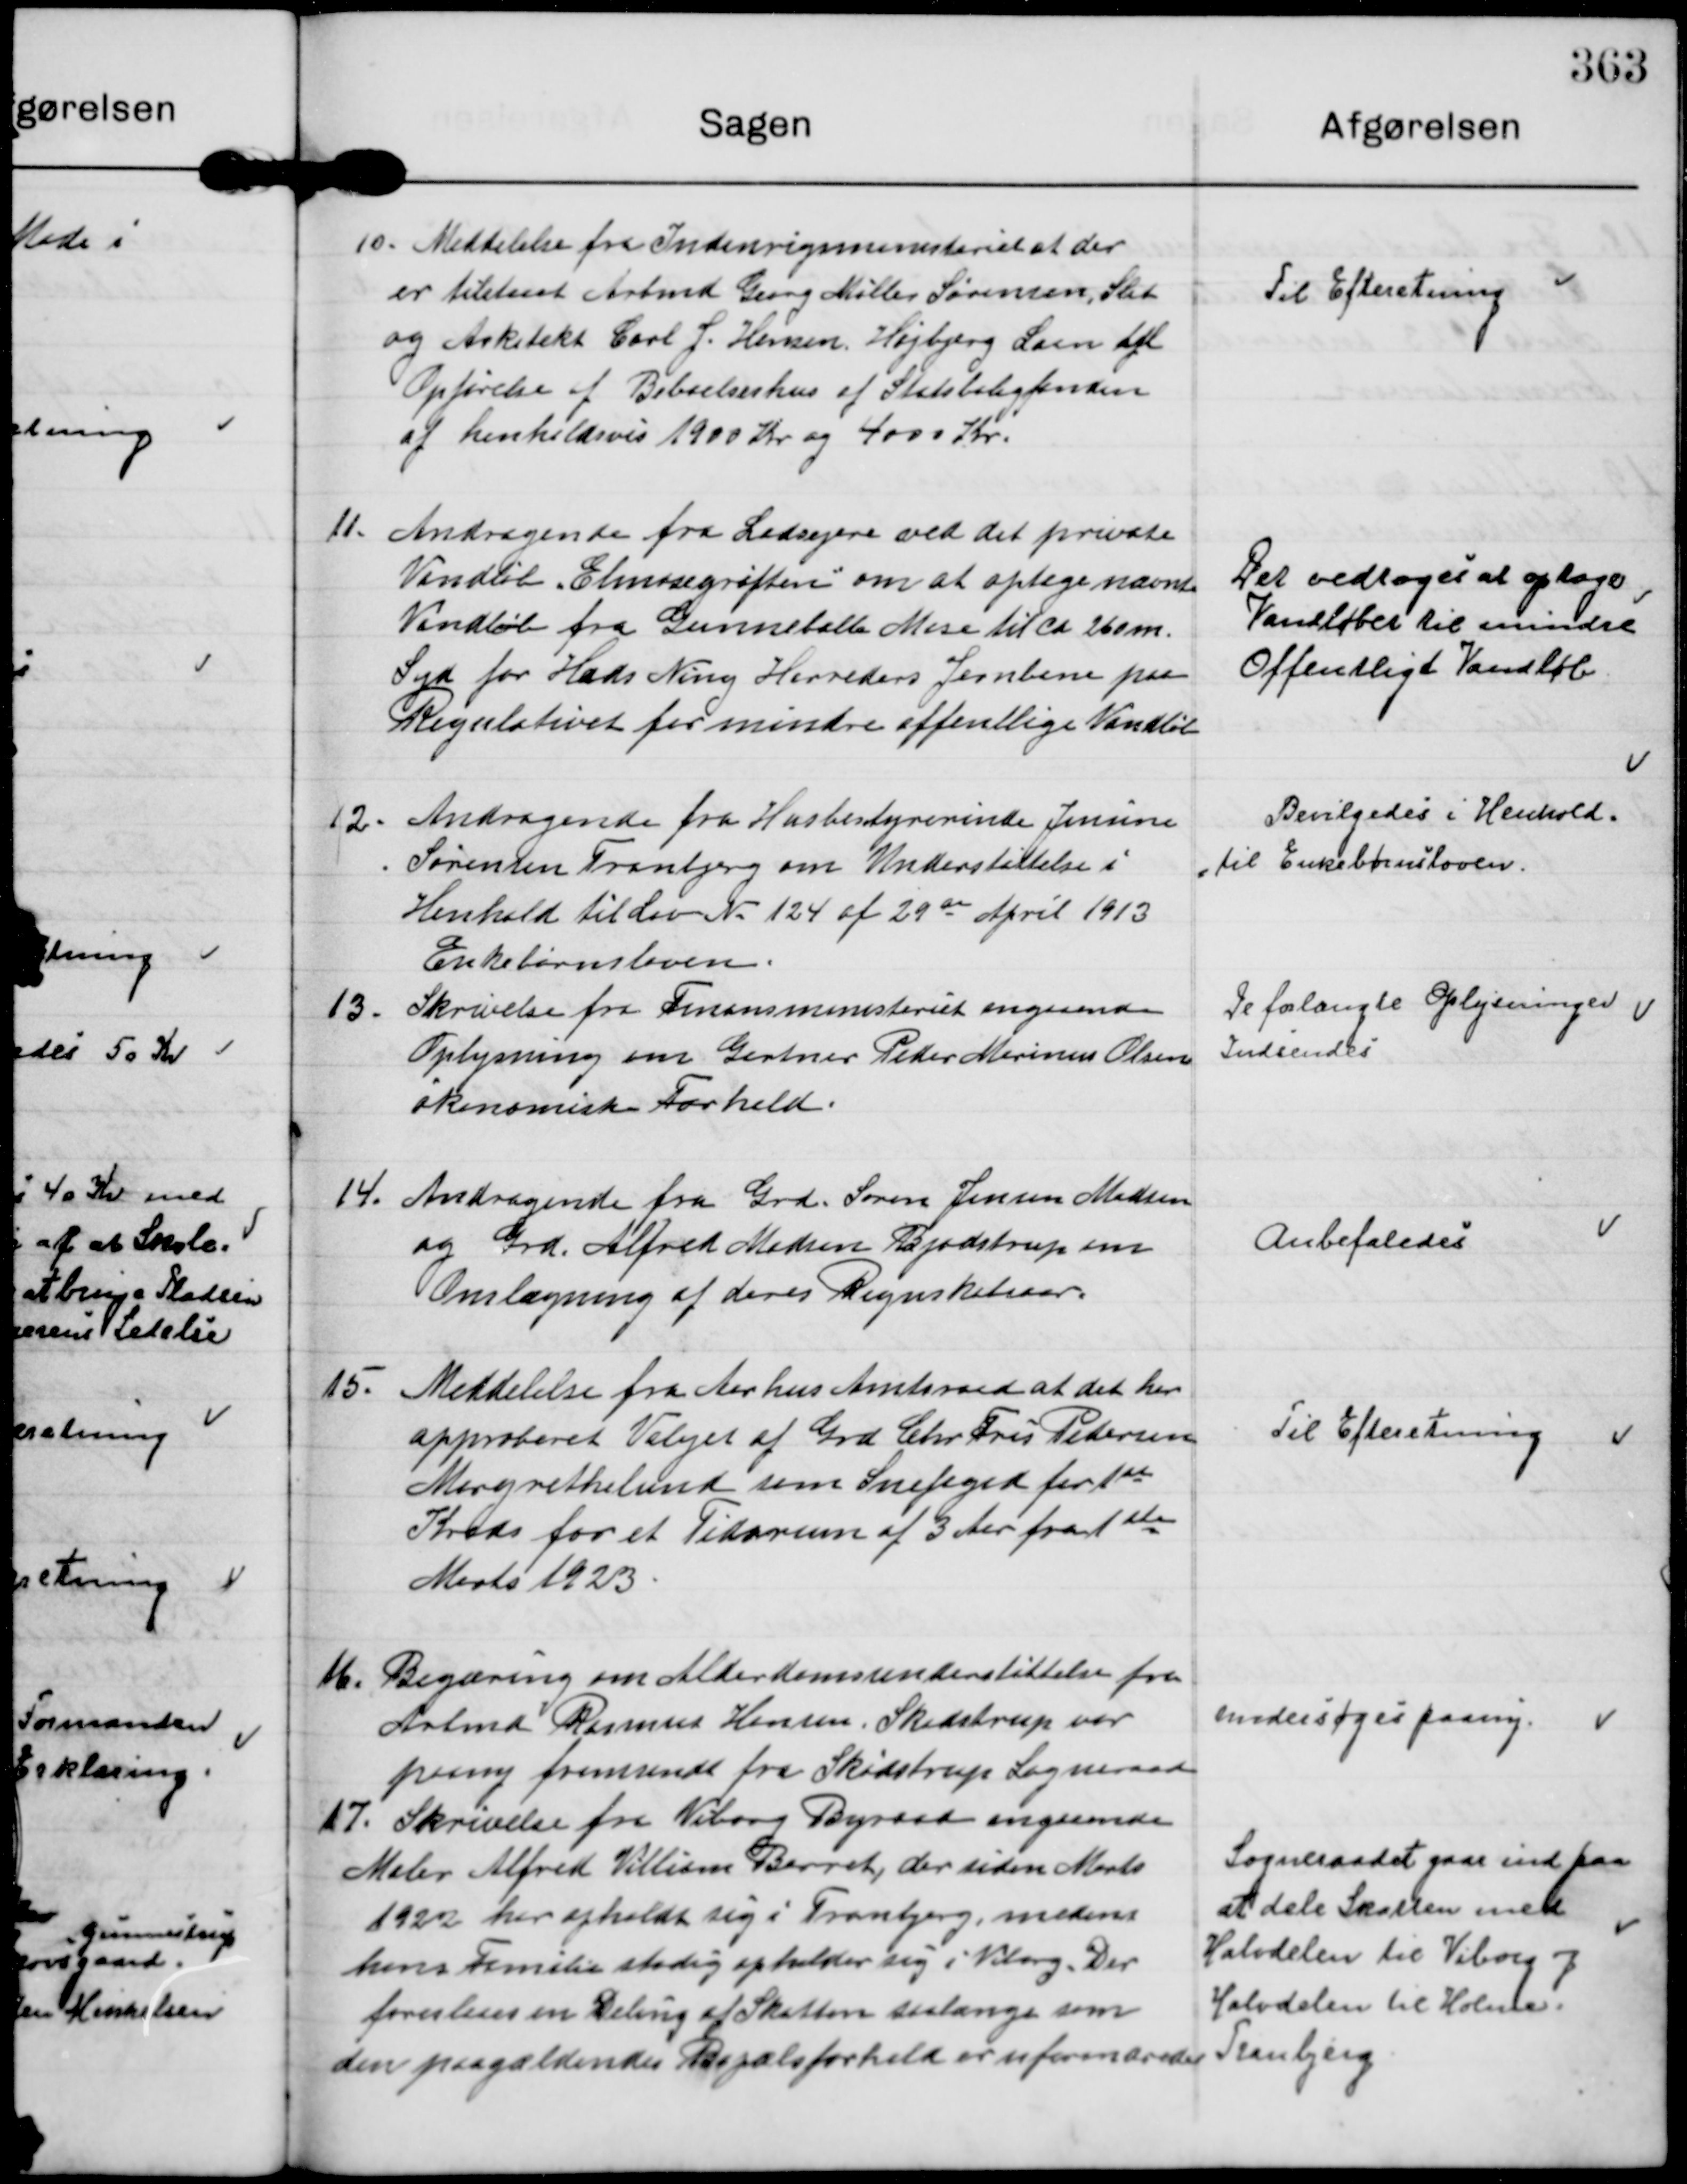
Transskription:
10. Meddelelse fra Indenrigsministeriet at der
er tilstaaet Arbmd Georg Møller Sørensen, Slet
og Arkitekt Carl J. Hansen, Højbjerg Laan til
Opførelse af Beboelseshus af Statsboligfonden
af henholdsvis 1900 Kr og 4000 Kr.

Til Efteretning

11. Andragende fra Lodsejere ved det private
Vandløb Elmosegrøften om at optage nævnte
Vandløb fra Gunneballe Mose til ca 260 m.
Syd for Hads Ning Herreders Jernbane paa
Regulativet for mindre offentlige Vandløb

Det vedtoges at optage
Vandløbet til mindre
Offentligt Vandløb

12. Andragende fra Husbestyrerinde Jensine
Sørensen Tranbjerg om Understøttelse i
Henhold til Lov N. 124 af 29de April 1913
Enkebørnsloven.

Bevilgedes i Henhold.
til Enkebørnsloven.

13. Skrivelse fra Finansministeriet angaaende
Oplysning om Gartner Peder Marinus Olsen
økonomiske Forhold.

De forlangte Oplysninger
Indsendes

14. Andragende fra Grd. Søren Jensen Madsen
og Grd. Alfred Madsen Bjødstrup om
Omlægning af deres Regnskabsaar.

Anbefaledes

15. Meddelelse fra Aarhus Amtsraad at det har
approberet Valget af Grd Chr. Fris Petersen
Margrethelund som Snefoged for 1ste
Kreds for et Tidsrum af 3 Aar fra 1ste
Marts 1923

Til Efteretning

16. Begæring om Alderdomsunderstøttelse fra
Arbmd Rasmus Hansen, Skødstrup var
paany fremsendt fra Skødstrup Sogneraad

undersøges paany.

17. Skrivelse fra Viborg Byraad angaaende
Maler Alfred Villiam Barret, der siden Marts
1922 her opholdt sig i Tranbjerg, medens
hans Familie stadig opholder sig i Viborg. Der
foreslaaes en Deling af Skatten saalænge som
den paagældendes Bopælsforhold er uforandrede

Sogneraadet gaar ind paa
at dele Skatten med
Halvdelen til Viborg og
Halvdelen til Holme.
Tranbjerg